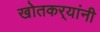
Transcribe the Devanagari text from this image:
खोतकर्‍यांनी